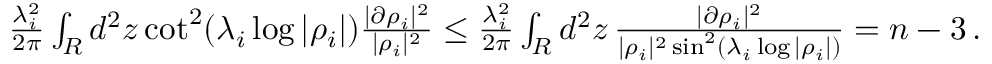
\begin{array} { r } { { \frac { \lambda _ { i } ^ { 2 } } { 2 \pi } } \int _ { R } d ^ { 2 } z \cot ^ { 2 } ( \lambda _ { i } \log | \rho _ { i } | ) { \frac { | \partial \rho _ { i } | ^ { 2 } } { | \rho _ { i } | ^ { 2 } } } \leq { \frac { \lambda _ { i } ^ { 2 } } { 2 \pi } } \int _ { R } d ^ { 2 } z \, { \frac { | \partial \rho _ { i } | ^ { 2 } } { | \rho _ { i } | ^ { 2 } \sin ^ { 2 } ( \lambda _ { i } \log | \rho _ { i } | ) } } = n - 3 \, . } \end{array}